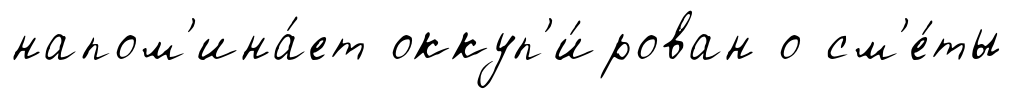
напом'ина́ет оккуп'и́рован о см'е́ты